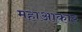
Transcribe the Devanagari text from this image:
महाआकार